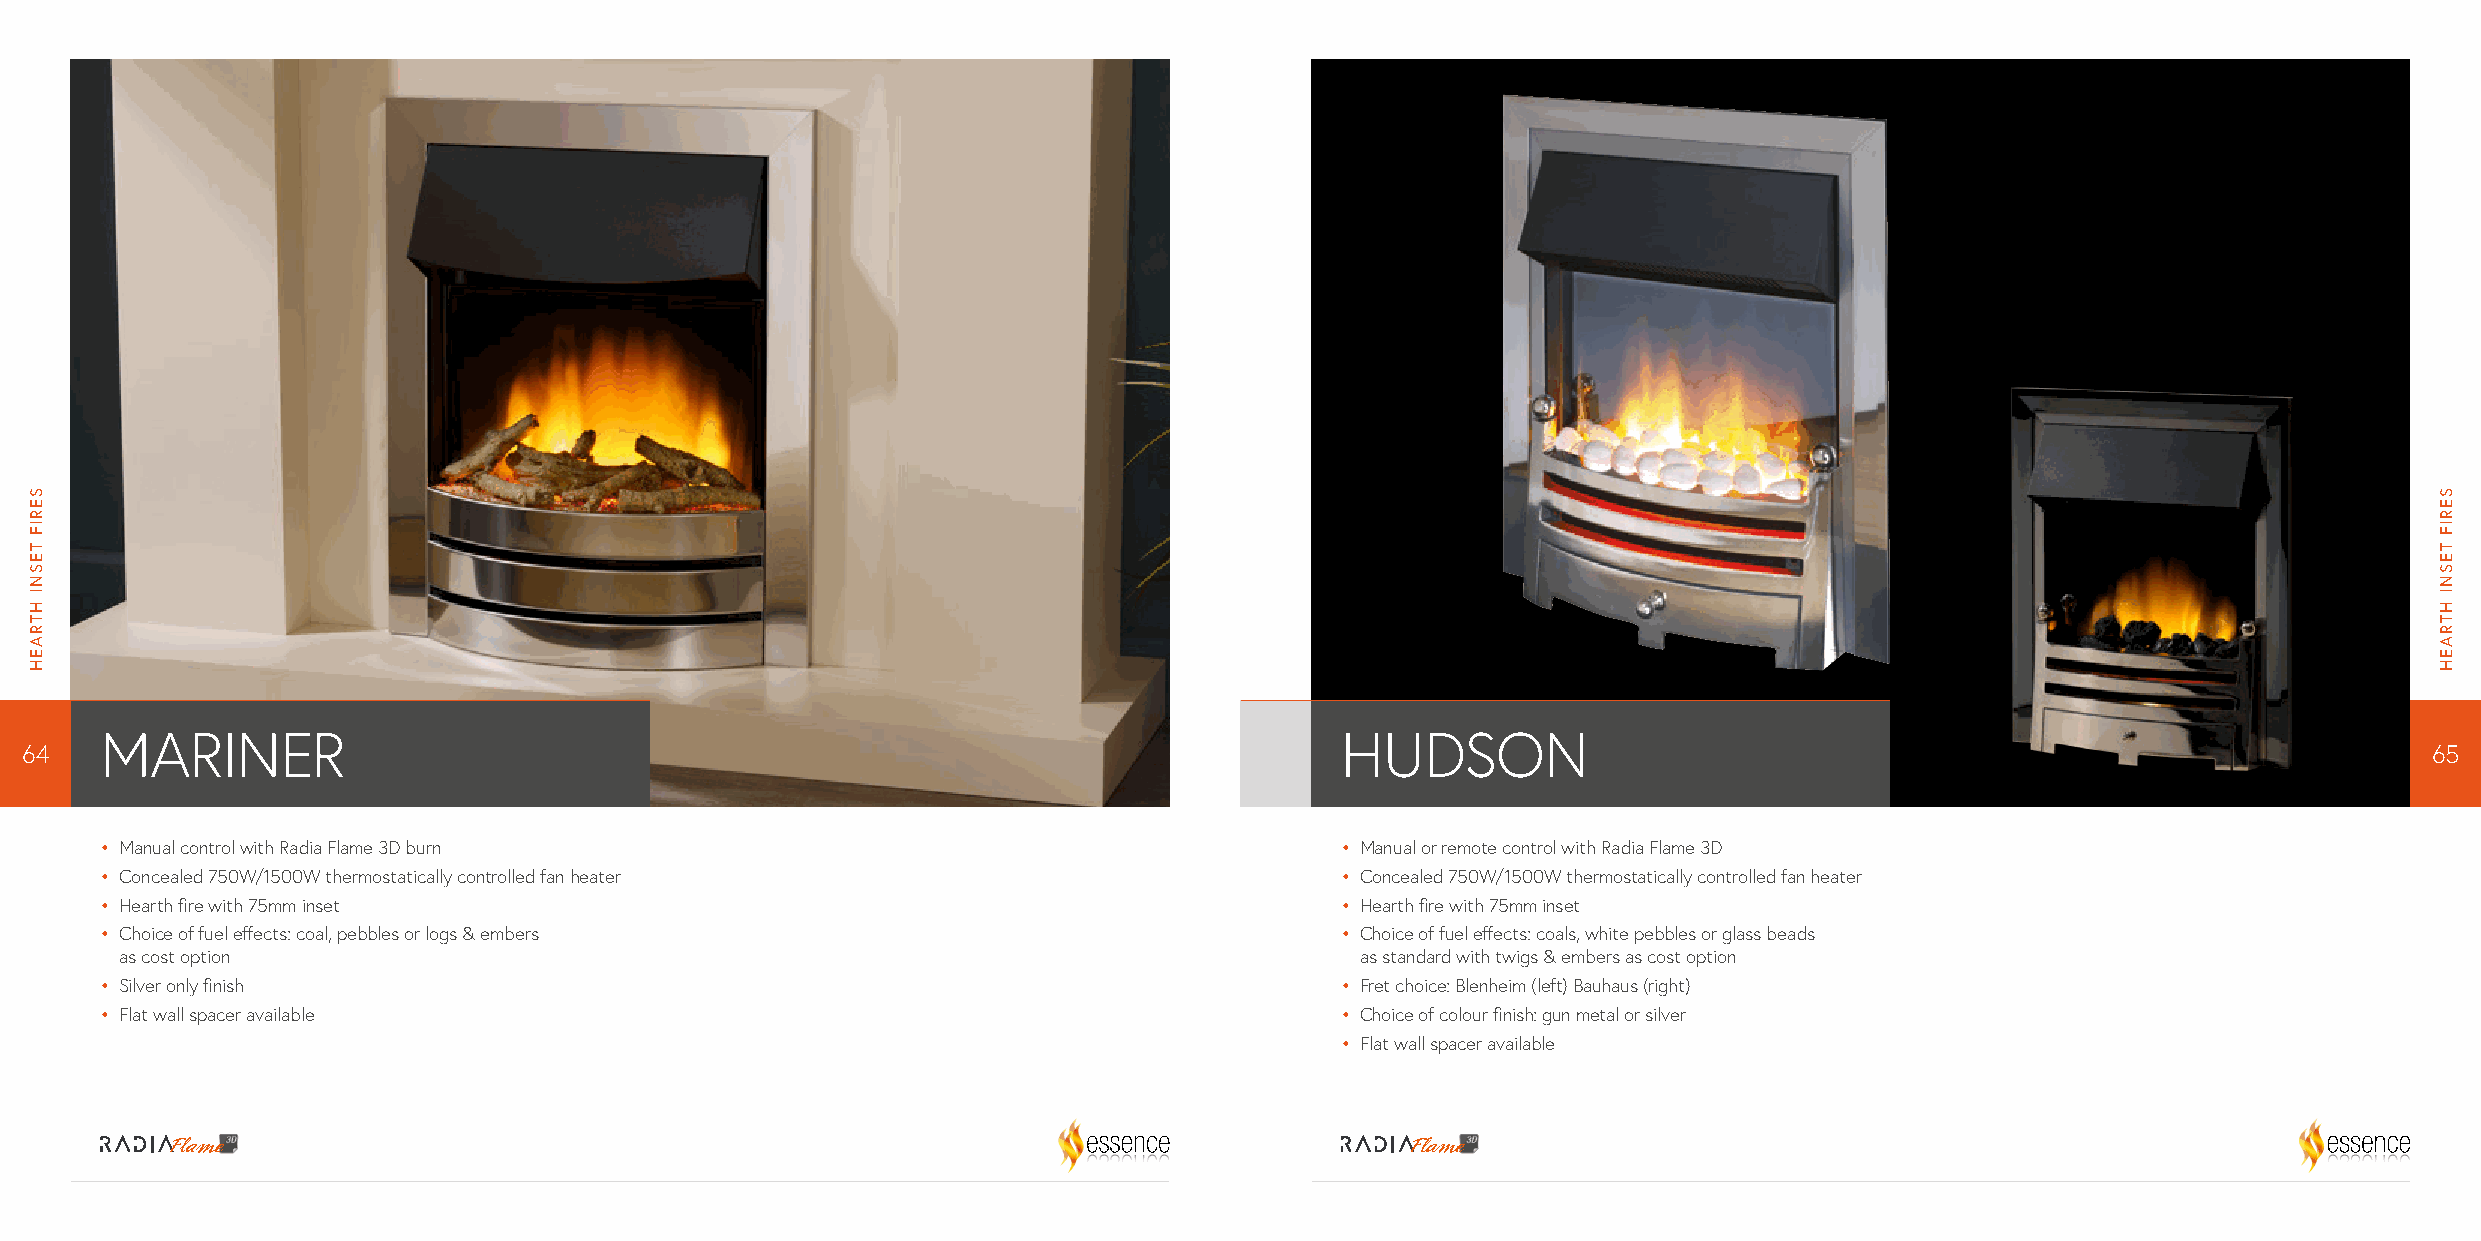
MARINER                                                                           HUDSON
 64                                                                                                                                                              65
 • M anual control with Radia Flame 3D burn                                        • M anual or remote control with Radia Flame 3D
 • C oncealed 750W/1500W thermostatically controlled fan heater                    • C oncealed 750W/1500W thermostatically controlled fan heater
 • H earth fire with 75mm inset                                                    • H earth fire with 75mm inset
 • C hoice of fuel effects: coal, pebbles or logs & embers                         • C hoice of fuel effects: coals, white pebbles or glass beads
 as cost option                                                                    as standard with twigs & embers as cost option
 • S ilver only finish                                                             • F ret choice: Blenheim (left) Bauhaus (right)
 • F lat wall spacer available                                                     • C hoice of colour finish: gun metal or silver
 • F lat wall spacer available
 SERIF
 TESNI
 HTRAEH
 SERIF
 TESNI
 HTRAEH